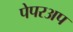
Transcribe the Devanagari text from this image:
पेपरअप